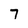
Character: 7